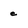
Character: e